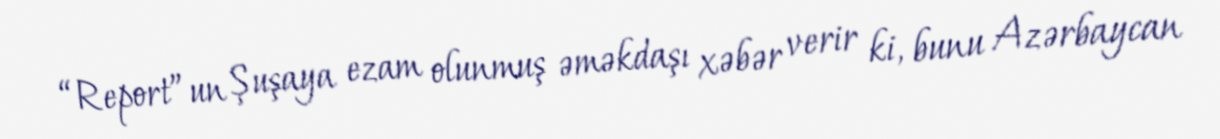
“Report”un Şuşaya ezam olunmuş əməkdaşı xəbər verir ki, bunu Azərbaycan